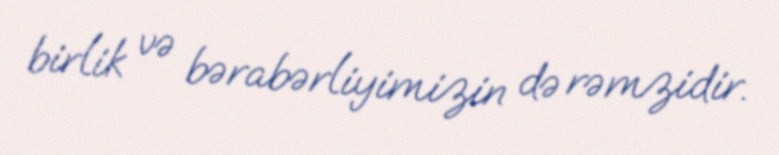
birlik və bərabərliyimizin də rəmzidir.